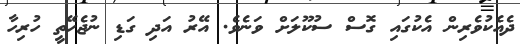
ދެއެކުވެރިން އެކުގައި ގޮސް ސުކޫލަށް ވަނެވެ. އޭރު އަދި ގަޑި ނުޖެހޭތީ ހުރިހާ